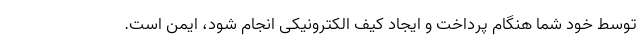
توسط خود شما هنگام پرداخت و ایجاد کیف الکترونیکی انجام شود، ایمن است.